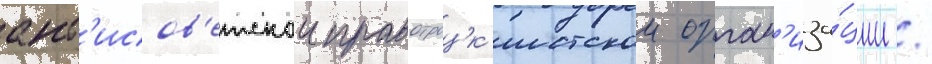
ант'исов'етскои правотроцк'истскои орган'иза́ции /